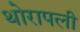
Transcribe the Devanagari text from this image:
थोरापली